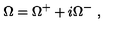
\Omega = \Omega ^ { + } + i \Omega ^ { - } \ ,